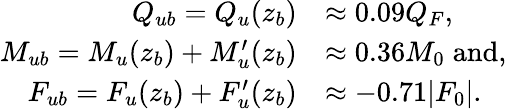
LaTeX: \begin{array}{rl}{Q_{ub}=Q_{u}(z_{b})}&{\approx 0.09Q_{F},}\\ {M_{ub}=M_{u}(z_{b})+M_{u}^{\prime}(z_{b})}&{\approx 0.36M_{0}\; \textrm{and},}\\ {F_{ub}=F_{u}(z_{b})+F_{u}^{\prime}(z_{b})}&{\approx-0.71|F_{0}|.}\end{array}